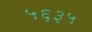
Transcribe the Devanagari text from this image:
५६३५